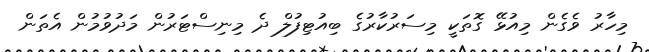
މިހާރު ވެގެން މިއުޅޭ ގޮތަކީ މިސަރުކާރުގެ ބިއުޓިފުލް ދެ މިނިސްޓަރުން މަދުުވުމުން އެތަން